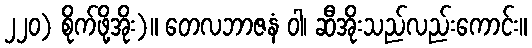
၂၂၀) စိုက်ဖို့အိုး)။ တေလဘာဇနံ ဝါ၊ ဆီအိုးသည်လည်းကောင်း။